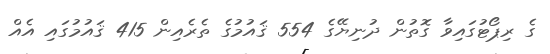
ގެ ރިޕޯޓުގައިވާ ގޮތުން ދުނިޔޭގެ 554 ޤައުމުގެ ތެރެއިން 415 ޤައުމުގައި އެއް